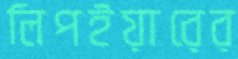
লিপইয়ারের